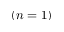
( n = 1 )